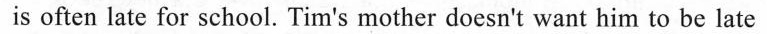
is often late for school. Tim's mother doesn't want him to be late